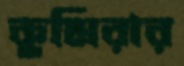
কুমিরার